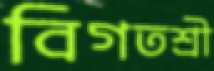
বিগতশ্রী